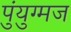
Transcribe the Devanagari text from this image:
पुंयुग्मज